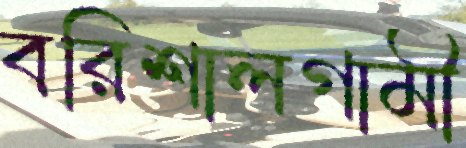
বরিশালগামী